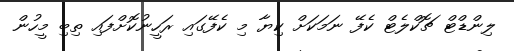
ލިންޑްޓް ޗޮކްލެޓް ކެފޭ ނަމަކަށް ކިޔާ މި ކެފޭގައި ރަހީނުކޮށްފައި ތިބި މީހުން